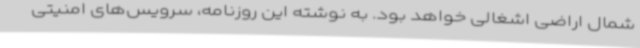
شمال اراضی اشغالی خواهد بود. به نوشته این روزنامه، سرویس‌های امنیتی